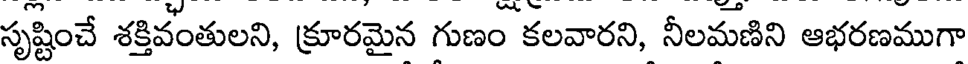
సృష్టించే శక్తివంతులని, క్రూరమైన గుణం కలవారని, నీలమణిని ఆభరణముగా